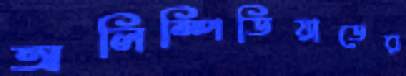
অলিম্পিডিয়াডের